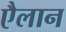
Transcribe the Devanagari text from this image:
एैलान